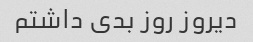
دیروز روز بدی داشتم